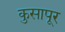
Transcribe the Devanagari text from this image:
कुसापूर